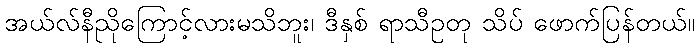
အယ်လ်နီညိုကြောင့်လားမသိဘူး၊ ဒီနှစ် ရာသီဥတု သိပ် ဖောက်ပြန်တယ်။